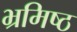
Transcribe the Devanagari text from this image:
भ्रमिष्ठ